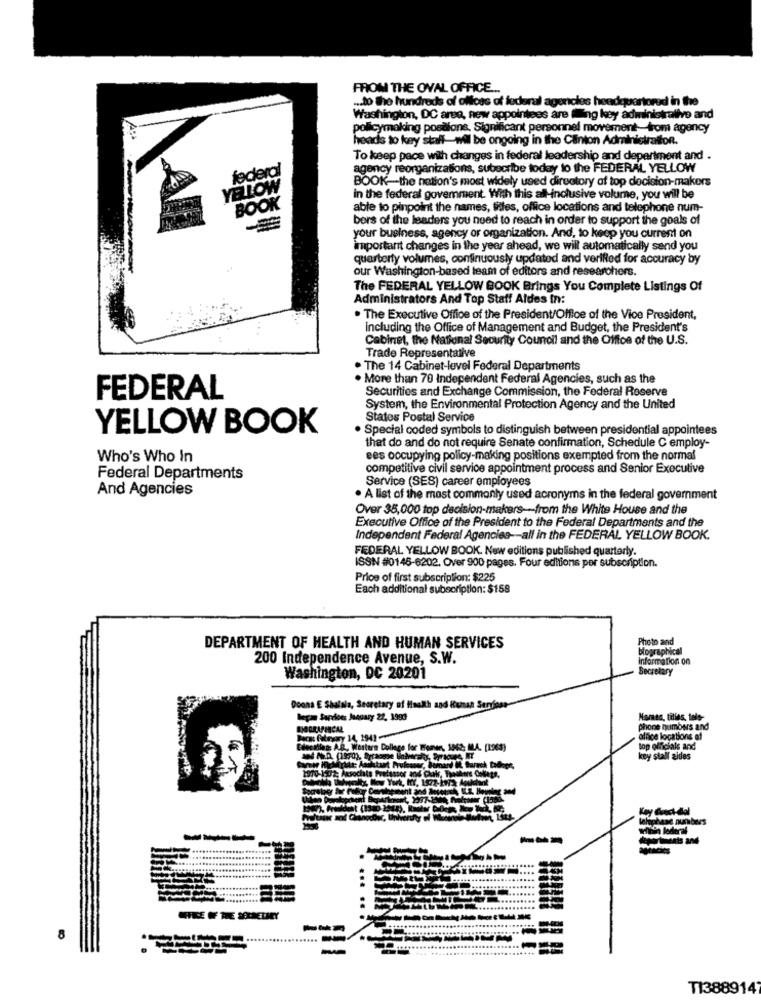
FROM THE OVAL OFFICE ...
.. to the hundreds of offices of federal agencies headquartered in the
Washington, DC area, new appointees are (Wing key administralive and
policymaking postions, Significant personnel movement-from agency
heads to key stall-wil be ongoing in the Clinton Administration.
To keep pace with changes in federal leadership and department and .
agency reorganizations, subscribe today to the FEDERAL YELLOW
federal
BOOK-the nation's most widely used directory of top decision-makers
YELLOW
in the federal govemment. With this all inclusive volume, you will be
BOOK
able to pinpoint the names, titles, office locations and telephone num-
bors of the leaders you need to reach in order to support the goals of
your business, agency or organization. And, to keep you current on
important changes in the year ahead, we will automatically send you
quarterly volumes, continuously updated and verified for accuracy by
our Washington-based team of editors and researchers.
The FEDERAL YELLOW BOOK Brings You Complete Listings Of
Administrators And Top Staff Aldes In:
. The Executive Office of the President/Office of the Vice President,
including the Office of Management and Budget, the President's
Cabinet, the National Security Council and the Office of the U.S.
Trade Representative
. The 14 Cabinet-level Federal Departments
. More than 70 Independent Federal Agencies, such as the
Securities and Exchange Commission, the Federal Reserve
FEDERAL
System, the Environmental Protection Agency and the United
States Postal Service
YELLOW BOOK
· Special coded symbols to distinguish between presidential appointees
that do and do not require Senate confirmation, Schedule C employ-
Who's Who In
ees occupying policy-making positions exempted from the normal
competitive civil service appointment process and Senior Executive
Federal Departments
Service (SES) career employees
And Agencies
. A list of the most commonly used acronyms in the federal government
Over 35,000 top decision-makers -- from the White House and the
Executive Office of the President to the Federal Departments and the
Independent Federal Agencies -- all in the FEDERAL YELLOW BOOK.
FEDERAL YELLOW BOOK. Now editions published quarterly.
ISSN #0146-6202. Over 900 pages. Four editions por subscription.
Price of first subscription: $225
Each additional subscription: $158
Photo and
DEPARTMENT OF HEALTH AND HUMAN SERVICES
biographical
200 Independence Avenue, S.W.
Information on
Secretary
Washington, DC 20201
Doona E Shalala, Secretary of Health and Human Sardinas
Began Sardices January 22, 1999
Mames, titles, telo-
phone numbers and
Bacst fabryary 14, 1941
office locations of
Checilles: A.R ., Western College for Women, 1962; MLA. [1963)
top officials and
kny stall aides
Key Grect-dal
telephone numbers
wellnin lederal
---
...........
T13889147